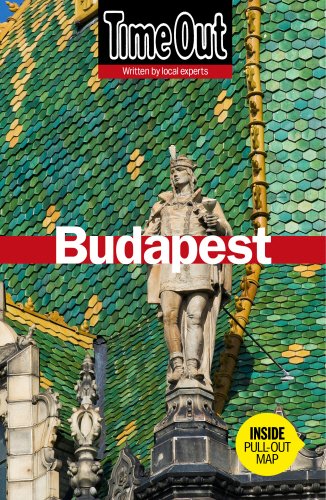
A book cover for Time Out Budapest (Time Out Guides); Travel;